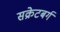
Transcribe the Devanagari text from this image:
सक्रेटबर्ग